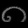
Digit: ၈